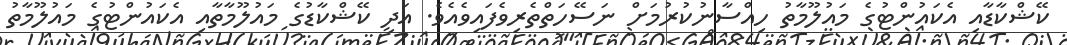
ކޭޝްކާޑާއި އެކައުންޓުގެ މައުލޫމާތު ހިއްސާނުކުރުމަށް ނަސޭހަތްތެރިވެފައިވެއެވެ. އަދި ކޭޝްކާޑުގެ މައުލޫމާތާއި އެކައުންޓުގެ މައުލޫމާތު